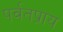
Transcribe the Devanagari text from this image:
पर्वतप्राय